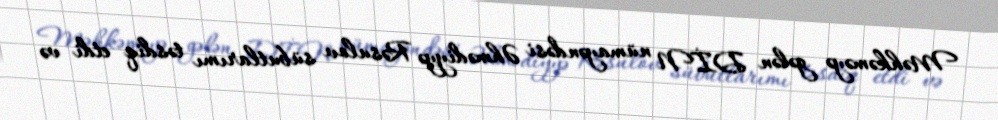
Məhkəməyə gələn DİN nümayəndəsi Əhmədiyyə Rəsulov sübutlarımı təsdiq etdi və